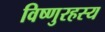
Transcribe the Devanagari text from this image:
विष्णुरहस्य